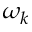
\omega _ { k }